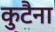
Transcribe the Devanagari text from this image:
कुटैना